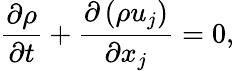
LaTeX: \frac{\partial\rho}{\partial t}+\frac{\partial\left(\rho u_{j}\right)}{\partial x_{j}}=0,